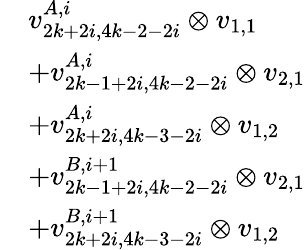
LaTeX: \begin{array}{rl}&{v_{2k+2i,4k-2-2i}^{A,i}\otimes v_{1,1}}\\ &{+v_{2k-1+2i,4k-2-2i}^{A,i}\otimes v_{2,1}}\\ &{+v_{2k+2i,4k-3-2i}^{A,i}\otimes v_{1,2}}\\ &{+v_{2k-1+2i,4k-2-2i}^{B,i+1}\otimes v_{2,1}}\\ &{+v_{2k+2i,4k-3-2i}^{B,i+1}\otimes v_{1,2}}\end{array}